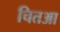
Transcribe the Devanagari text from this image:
चितआ